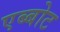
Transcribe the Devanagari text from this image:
एब्बोट